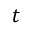
{ \mathbf { } } t